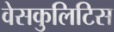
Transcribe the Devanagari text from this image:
वेसकुलिटिस